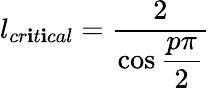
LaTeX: l_{cr\mathbf{i}t\mathbf{i}cal}=\displaystyle\frac{{2}}{{\cos\displaystyle\frac{{p\pi}}{{2}}}}